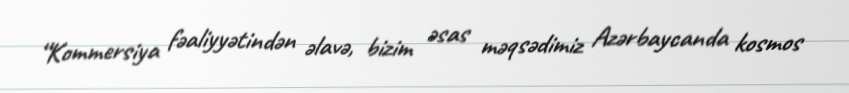
“Kommersiya fəaliyyətindən əlavə, bizim əsas məqsədimiz Azərbaycanda kosmos